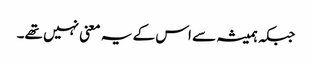
جبکہ ہمیشہ سے اس کے یہ معنی نہیں تھے۔